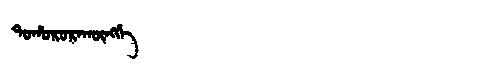
Manchu: ᡨᠣᡥᠣᡵᠣᡵᠠᡴᡡᠩᡤᡝ
Romanization: TOHORORAKŪNGGE